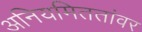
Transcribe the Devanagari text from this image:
अनियमिततांवर